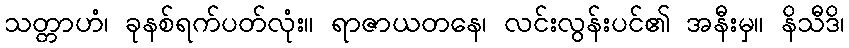
သတ္တာဟံ၊ ခုနစ်ရက်ပတ်လုံး။ ရာဇာယတနေ၊ လင်းလွန်းပင်၏ အနီးမှ။ နိသီဒိ၊